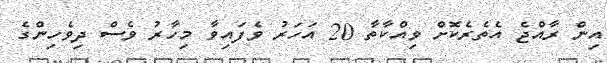
އިން ރާއްޖެ އެތެރެކޮށް ވިއްކާތާ 20 އަހަރު ވެފައިވާ މިހާރު ވެސް ދިވެހިންގެ